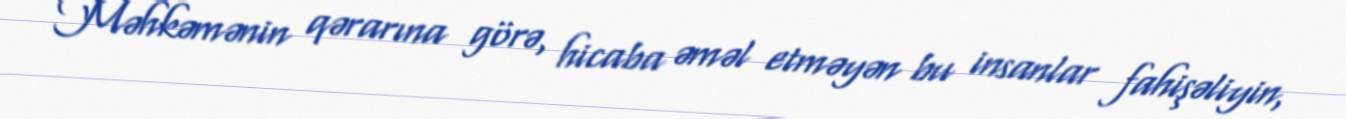
Məhkəmənin qərarına görə, hicaba əməl etməyən bu insanlar fahişəliyin,